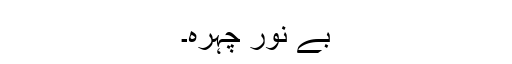
بے نور چہرہ۔